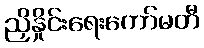
ညှိနှိုင်းရေးကော်မတီ